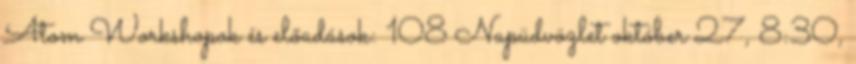
Atom Workshopok és előadások: 108 Napüdvözlet október 27, 8:30,